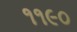
૧૧૯૦